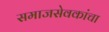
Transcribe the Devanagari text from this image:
समाजसेवकांचा